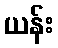
ယန်း